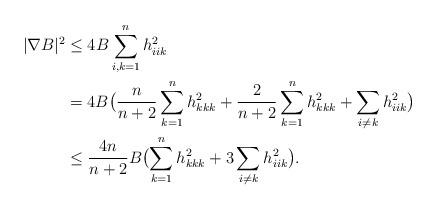
LaTeX: \begin{align*}\begin{aligned}|\nabla B|^2&\leq 4B\sum_{i,k=1}^nh_{iik}^2\\&=4B\bigl(\dfrac{n}{n+2}\sum_{k=1}^nh_{kkk}^2+\dfrac{2}{n+2}\sum_{k=1}^nh_{kkk}^2+\sum_{i\neq k}h_{iik}^2\bigl)\\&\leq \dfrac{4n}{n+2}B\bigl(\sum_{k=1}^nh_{kkk}^2+3\sum_{i\neq k}h_{iik}^2\bigl).\end{aligned}\end{align*}